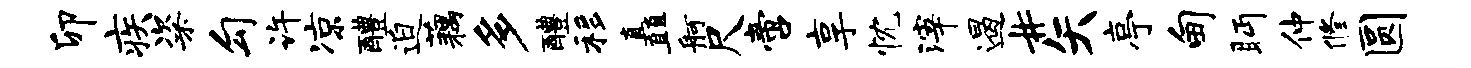
卯疾粢勾许凉醴迫藕多醴移矗舸尺啻享忱滓遏#矢亭甸眄仲修圆